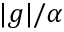
| g | / \alpha